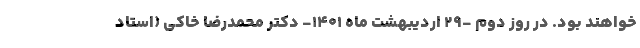
خواهند بود. در روز دوم -۲۹ اردیبهشت ماه ۱۴۰۱- دکتر محمدرضا خاکی (استاد